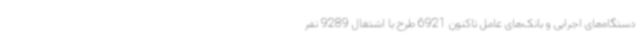
دستگاه‌های اجرایی و بانک‌های عامل تاکنون 6921 طرح با اشتغال 9289 نفر